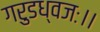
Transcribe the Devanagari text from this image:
गरुडध्वजः।।